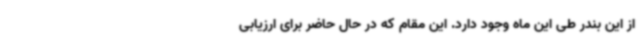
از این بندر طی این ماه وجود دارد. این مقام که در حال حاضر برای ارزیابی